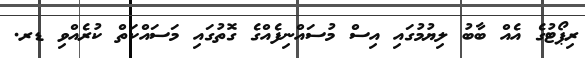
ރިޕޯޓުގެ އެއް ބާބު ލިޔުމުގައި އިސް މުސައްނިފެއްގެ ގޮތުގައި މަސައްކަތް ކުރެއްވި ޑރ.